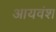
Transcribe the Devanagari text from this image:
आयवंश